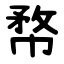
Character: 㡔